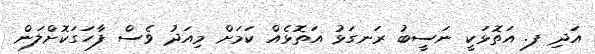
އަދި ފ. އަތޮޅަކީ ނަސީބު ރަނގަޅު އަތޮޅެއް ކަމަށް މިއަދު ވެސް ފާހަގަކޮށްލަން